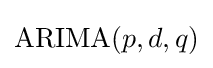
{\text{ARIMA}}(p,d,q)